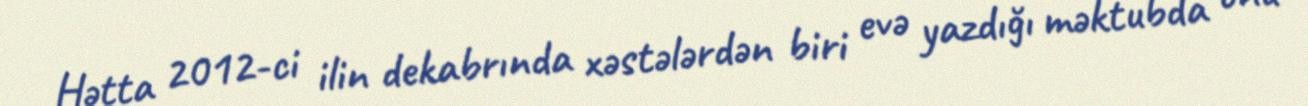
Hətta 2012-ci ilin dekabrında xəstələrdən biri evə yazdığı məktubda onu